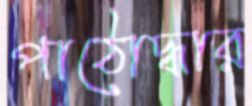
পাঠোদ্ধার